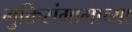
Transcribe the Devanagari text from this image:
मुक्तिसंग्रामाच्या